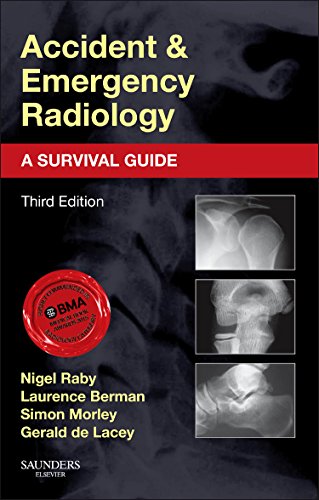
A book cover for Accident and Emergency Radiology: A Survival Guide, 3e; Nigel Raby FRCR; Medical Books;